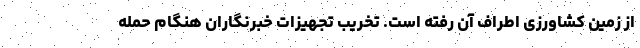
از زمین کشاورزی اطراف آن رفته است. تخریب تجهیزات خبرنگاران هنگام حمله